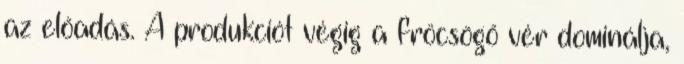
az előadás. A produkciót végig a fröcsögő vér dominálja,